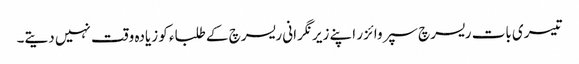
تیسری بات ریسرچ سپروائزر اپنے زیر نگرانی ریسرچ کے طلباء کو زیادہ وقت نہیں دیتے۔